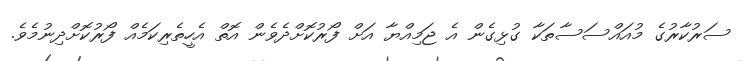
ސަރުކާރުގެ މުއައްސަސާތަކާ ގުޅިގެން އެ ޖަމިއްޔާ އަށް ފޯރުކޮށްދެވެން އޮތް އެހީތެރިކަމެއް ފޯރުކޮށްދިނުމެވެ.